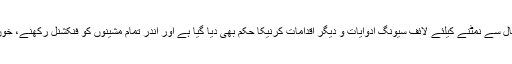
ہسپتالوں کی ایمرجنسی میں ناگہانی صورتحال سے نمٹنے کیلئے لائف سیونگ ادوایات و دیگر اقدامات کرنیکا حکم بھی دیا گیا ہے اور اندر تمام مشینوں کو فنکشنل رکھنے، خون کے بیگز رکھنے کا حکم بھی دیا گیا ہے۔